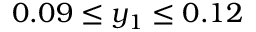
0 . 0 9 \leq y _ { 1 } \leq 0 . 1 2